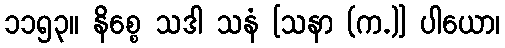
၁၁၅၃။ နိစ္စေ သဒါ သနံ [သနာ (က.)] ပါယော၊